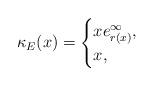
LaTeX: \begin{align*}\kappa_E (x) = \begin{cases}x e_{r(x)}^\infty, & \\x, &\end{cases}\end{align*}